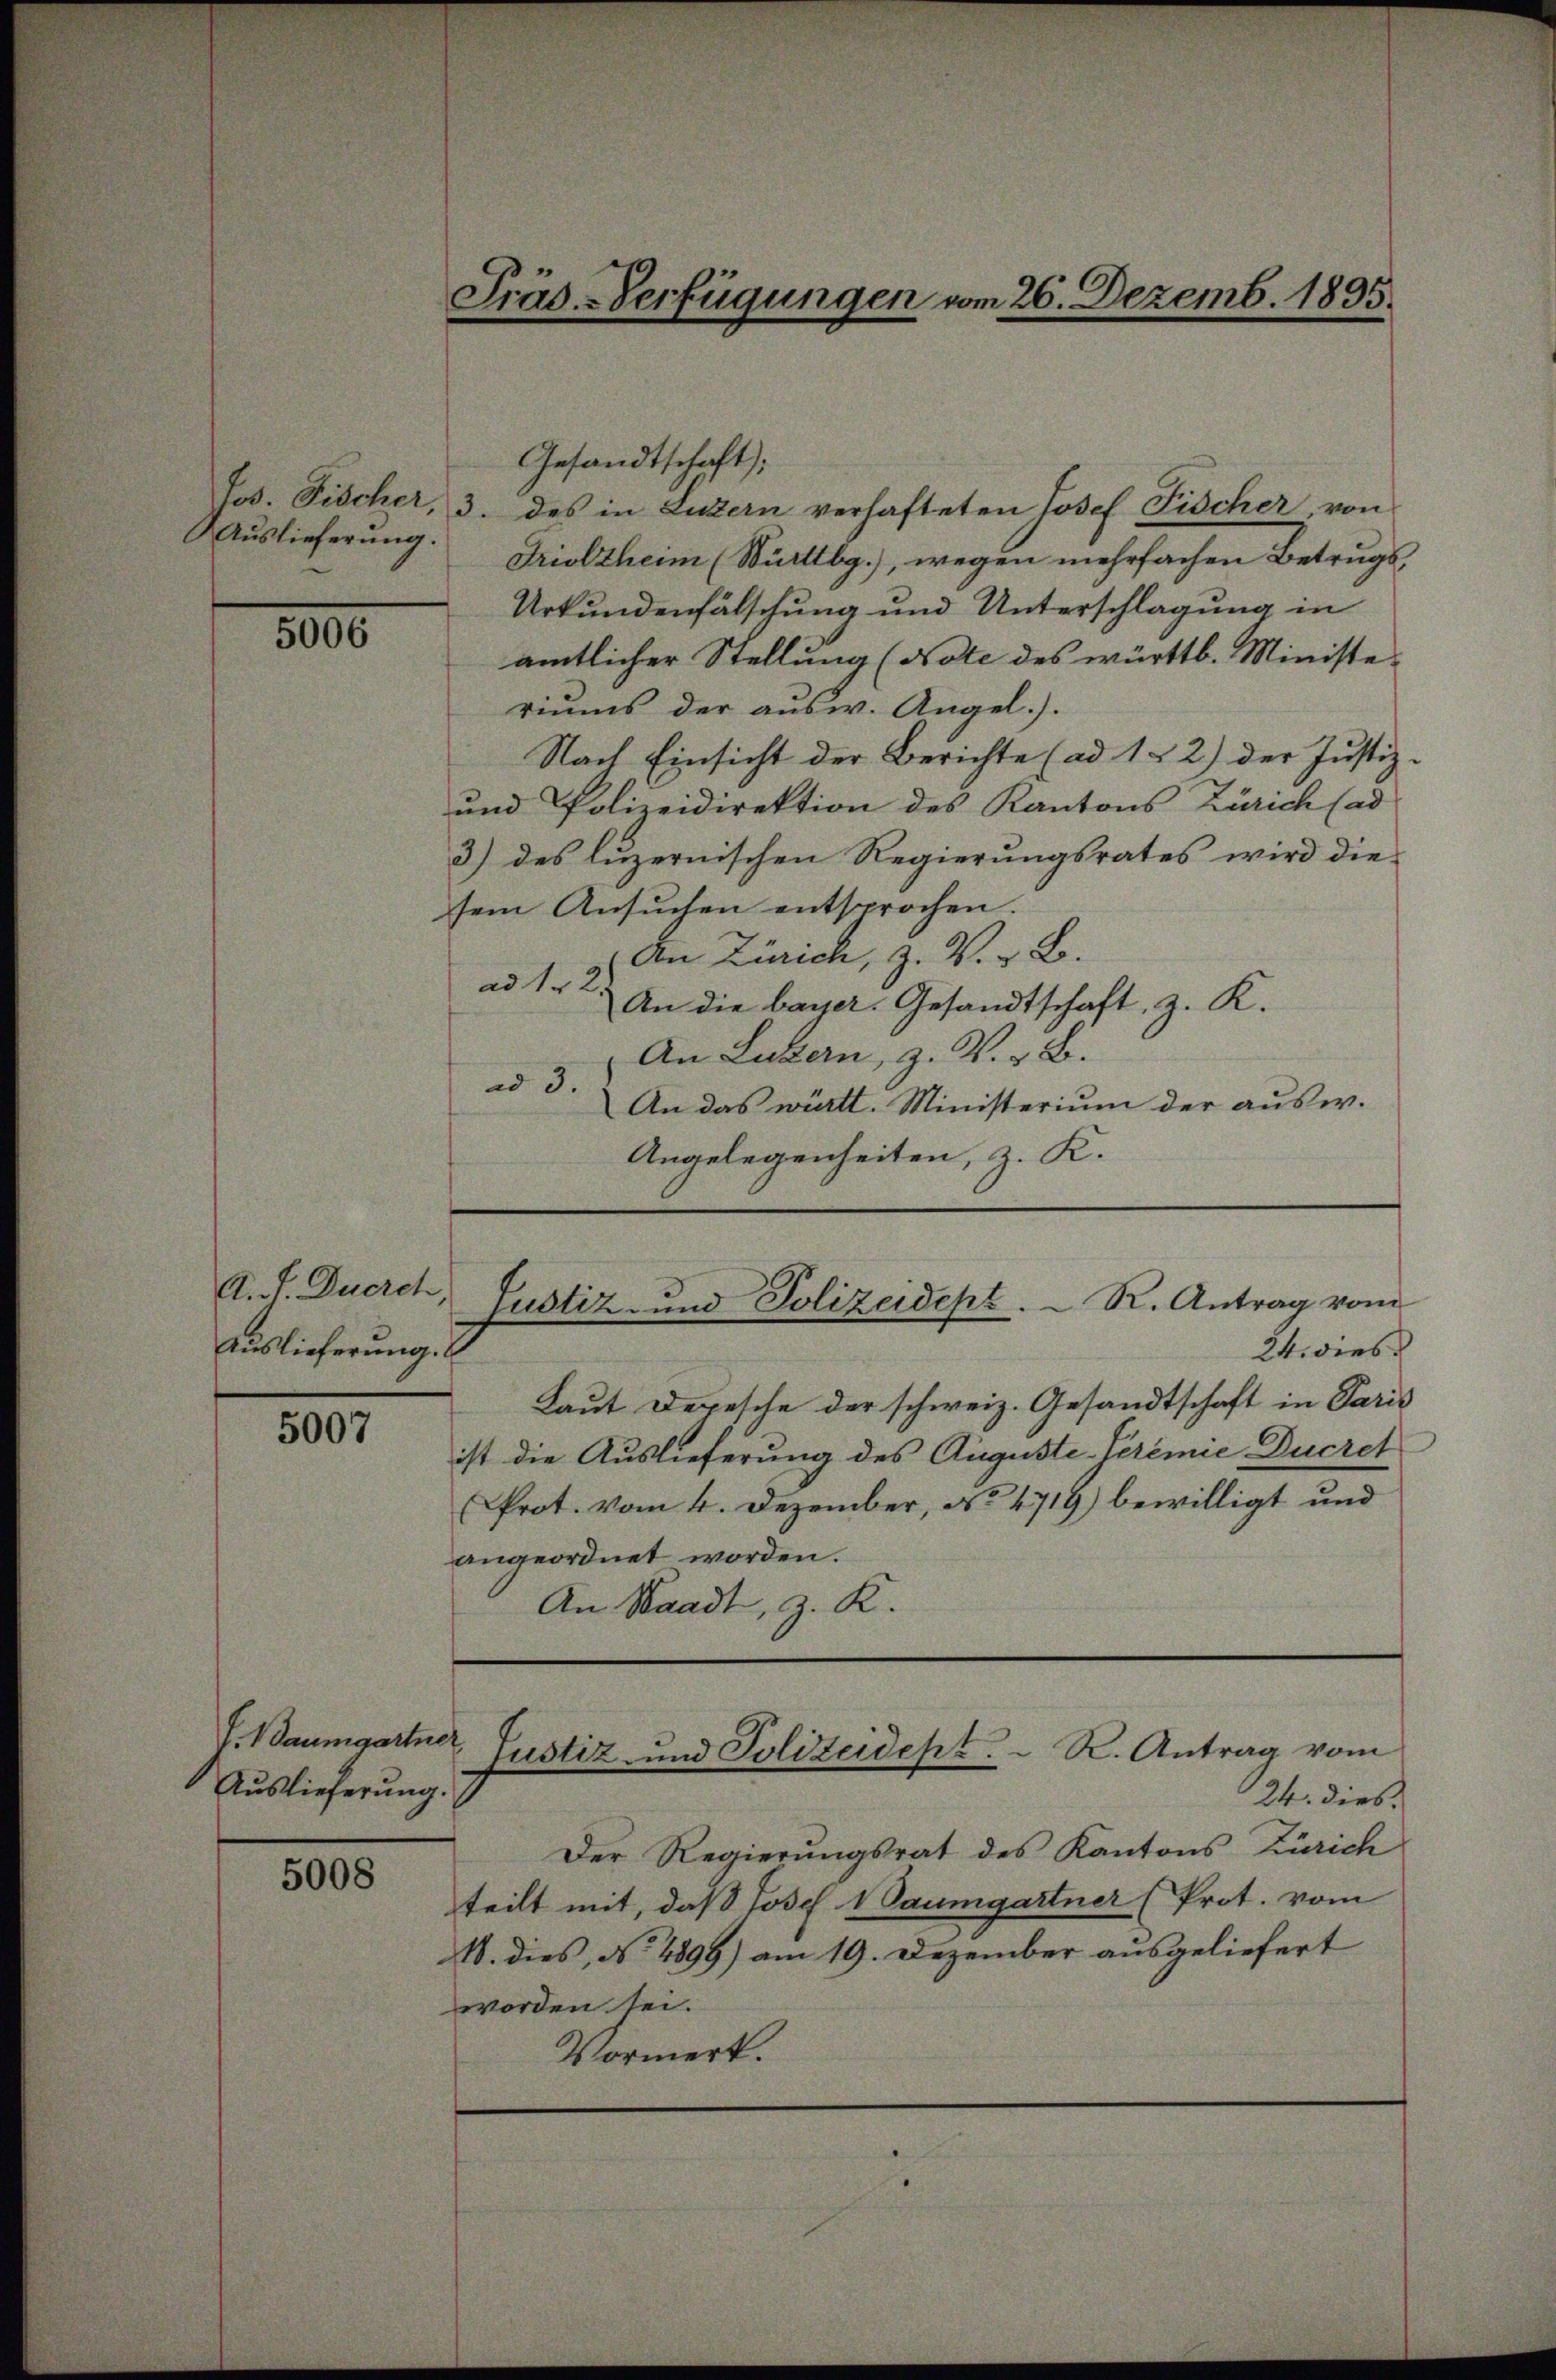
5006

A. A. Ducrch,
Auslieferung.

5007

J. Baumgartner,
Auslieferung.

5008

Gesandtschaft;
Jos. Fischer, 3. des in Luzern verhafteten Josef Fischer von
Auslieferung. Drioltheim (Württbg.), wegen mehrfachen Betrugs,
Urkundenfälschung und Unterschlagung in
amtlicher Stellung (Note des württb. Ministe-
riums der ausw. Angel.).
Nach Einsicht der Berichte (ad 1 2) der Justiz-
und Polizeidirektion des Kantons Zürich (ad
3) des luzernischen Regierungsrates wird die
sem Ansuchen entsprochen.
An Zürich, Z. V. B.
ad 1. 2. An die bayer. Gesandtschaft, z. K.
An Luzern, z. V. B.
ad 3.
An das württ. Ministerium der ausw.
Angelegenheiten, z. K.

Laut Depesche der schweiz. Gesandtschaft in Paris
ist die Auslieferung des Auguste-Jeremie Ducret
Prot. vom 4. Dezember, No 4719) bewilligt und
angeordnet worden.
An Waadt, z. K.

Präs.-Verfügungen vom 26. Dezemb. 1895.

Justiz- und Polizeidept. R. Antrag vom
24. dies

Der Regierungsrat des Kantons Zürich
teilt mit, daß Josef Baumgartner (Prot. vom
1. dies, No 4899) am 19. Dezember ausgeliefert
worden sei.
Vormerk.

Justiz und Polizeidept. R. Antrag vom
24. dies